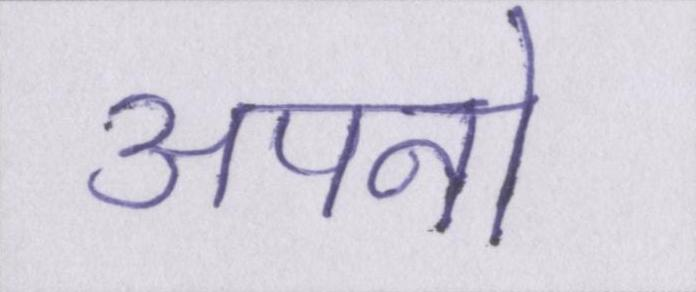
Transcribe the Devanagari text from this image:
अपनो